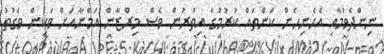
ނިންދެވުމާއި އެހެނިހެން ކަންތައް ކުރުމުގެ އިތުރުން ވެސް މިރްޒާން އަމްނާއަށް ވަކިން ވަގުތު